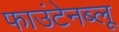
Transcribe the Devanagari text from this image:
फाउंटेनब्‍लू